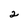
Character: 2